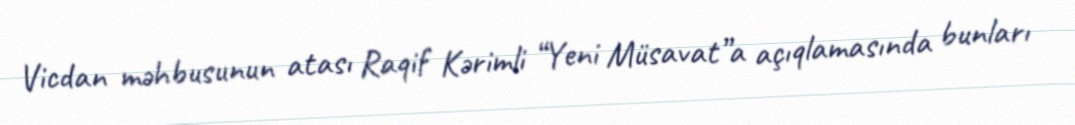
Vicdan məhbusunun atası Raqif Kərimli “Yeni Müsavat”a açıqlamasında bunları